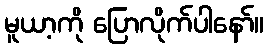
မူယာ့ကို ပြောလိုက်ပါနော်။